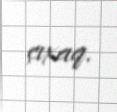
çıxaq.